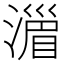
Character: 𣽪